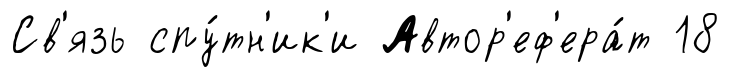
Св'язь спу́тн'ик'и Автор'еф'ера́т 18